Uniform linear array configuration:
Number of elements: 24
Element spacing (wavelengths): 0.75
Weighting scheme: uniform
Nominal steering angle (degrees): -45
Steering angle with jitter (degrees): -44.032
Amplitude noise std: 0.05
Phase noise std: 0.05

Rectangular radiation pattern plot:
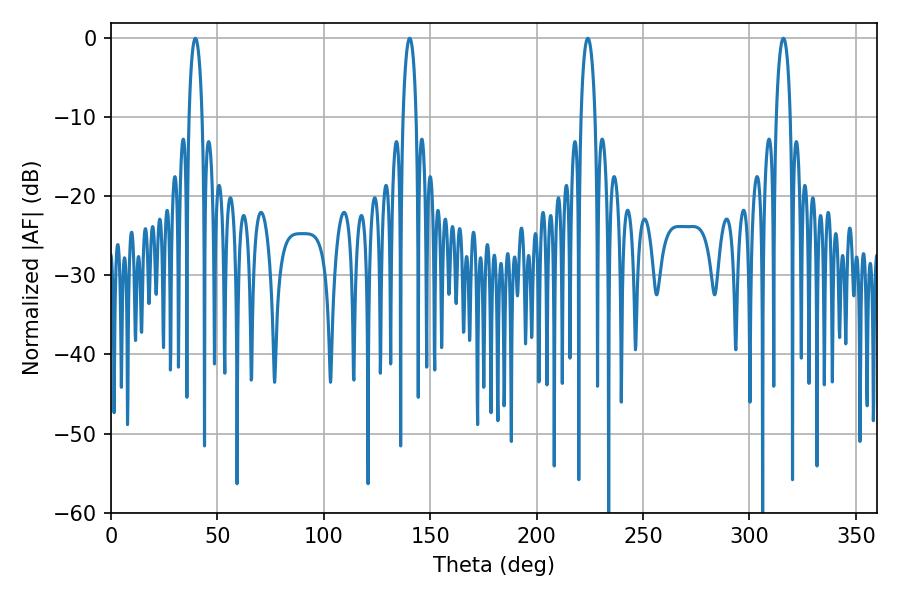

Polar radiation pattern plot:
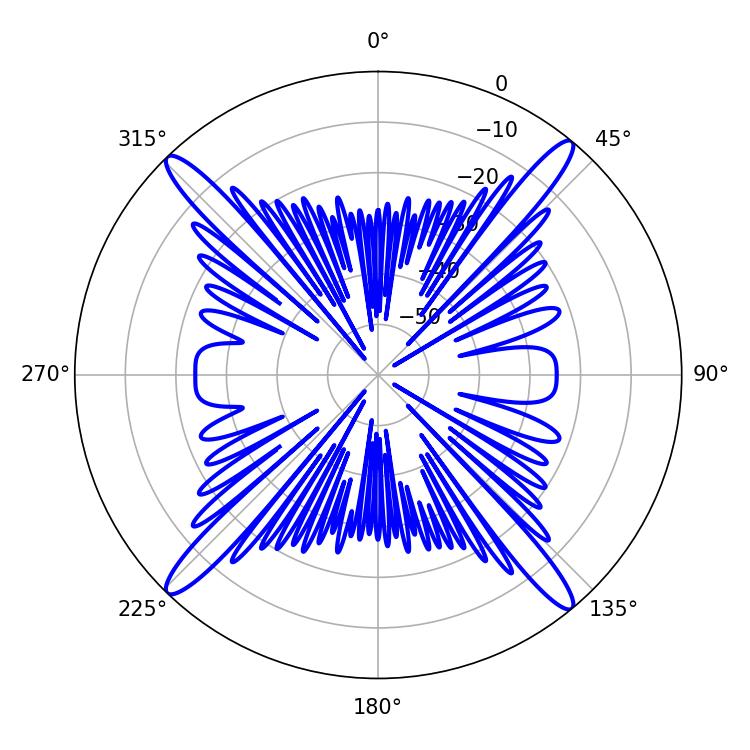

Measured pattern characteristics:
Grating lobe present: TRUE
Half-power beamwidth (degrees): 3.42
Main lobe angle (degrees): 39.6